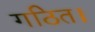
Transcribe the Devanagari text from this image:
गठित।